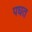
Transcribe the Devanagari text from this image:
पघत